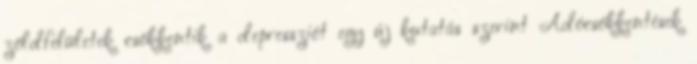
zöldfelületek csökkentik a depressziót egy új kutatás szerint Adócsökkentések